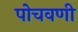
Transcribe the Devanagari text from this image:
पोचवणी